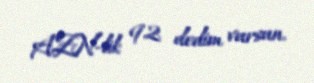
AZN-lik 92 dedim vursun.